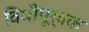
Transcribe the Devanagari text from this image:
विधीपूर्वक